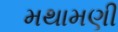
મથામણી